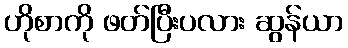
ဟိုစာကို ဖတ်ပြီးပလား ဆွန်ယာ